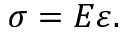
\sigma = E \varepsilon .